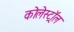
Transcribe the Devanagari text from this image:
कोलेस्‍ट्रॉल